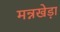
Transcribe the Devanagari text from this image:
मन्नखेड़ा